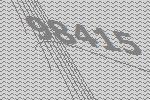
98415